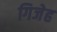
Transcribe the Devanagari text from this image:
गिजेह